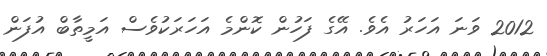
2012 ވަނަ އަހަރު އެވެ. އޭގެ ފަހުން ކޮންމެ އަހަރަކުވެސް އަމީތާބް އުފަން